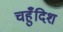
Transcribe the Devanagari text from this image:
चहुँदिश